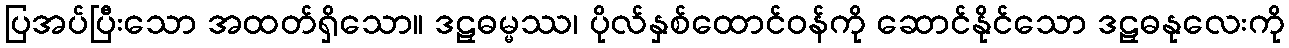
ပြအပ်ပြီးသော အထတ်ရှိသော။ ဒဠှဓမ္မဿ၊ ပိုလ်နှစ်ထောင်ဝန်ကို ဆောင်နိုင်သော ဒဠှဓနုလေးကို